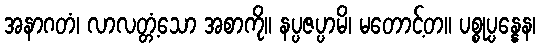
အနာဂတံ၊ လာလတ္တံ့သော အစာကို။ နပ္ပဇပ္ပာမိ၊ မတောင့်တ။ ပစ္စုပ္ပန္နေန၊